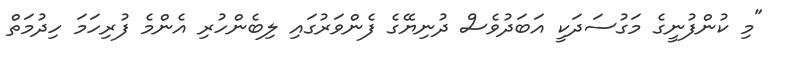
"މި ކުންފުނީގެ މަގުސަދަކީ އަބަދުވެސް ދުނިޔޭގެ ފެންވަރުގައި ލިބެންހުރި އެންމެ ފުރިހަމަ ހިދުމަތް